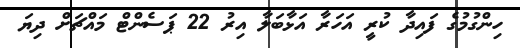
ހިންގުމުގެ ފައިދާ ކުރީ އަހަރާ އަޅާބަލާ އިރު 22 ޕަސެންޓް މައްޗަަށް ދިޔަ